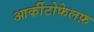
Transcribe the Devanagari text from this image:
आर्कीटोफेलफ़